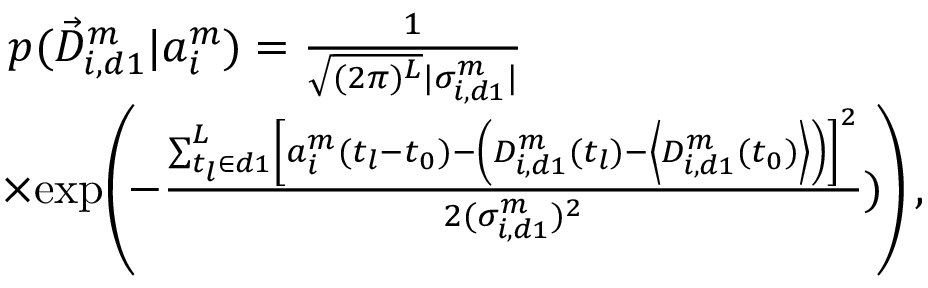
\begin{array} { r l } & { p ( \vec { D } _ { i , d 1 } ^ { m } | a _ { i } ^ { m } ) = \frac { 1 } { \sqrt { ( 2 \pi ) ^ { L } } | \sigma _ { i , d 1 } ^ { m } | } } \\ & { \! \times \! \exp \! \left( \! - \frac { \sum _ { t _ { l } \in d 1 } ^ { L } \left[ a _ { i } ^ { m } ( t _ { l } - t _ { 0 } ) - \left( D _ { i , d 1 } ^ { m } ( t _ { l } ) - \left< D _ { i , d 1 } ^ { m } ( t _ { 0 } ) \right> \right) \right] ^ { 2 } } { 2 ( \sigma _ { i , d 1 } ^ { m } ) ^ { 2 } } ) \! \right) , } \end{array}